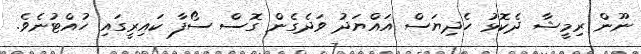
ނޫން ރިމީޝާ ދެކޮޅު ހެދިޔަސް އައްޔަދު ވަދެގެން ގޮސް ސޯފާ ކައިރީގައި ހުއްޓުނެވެ.